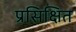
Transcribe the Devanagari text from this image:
प्रसिक्षित